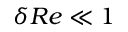
\delta R e \ll 1